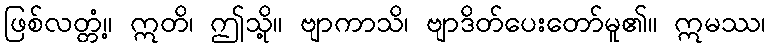
ဖြစ်လတ္တံ့။ ဣတိ၊ ဤသို့။ ဗျာကာသိ၊ ဗျာဒိတ်ပေးတော်မူ၏။ ဣမဿ၊